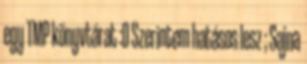
egy TMP könyvtárat :D Szerintem hatásos lesz ; Sajna